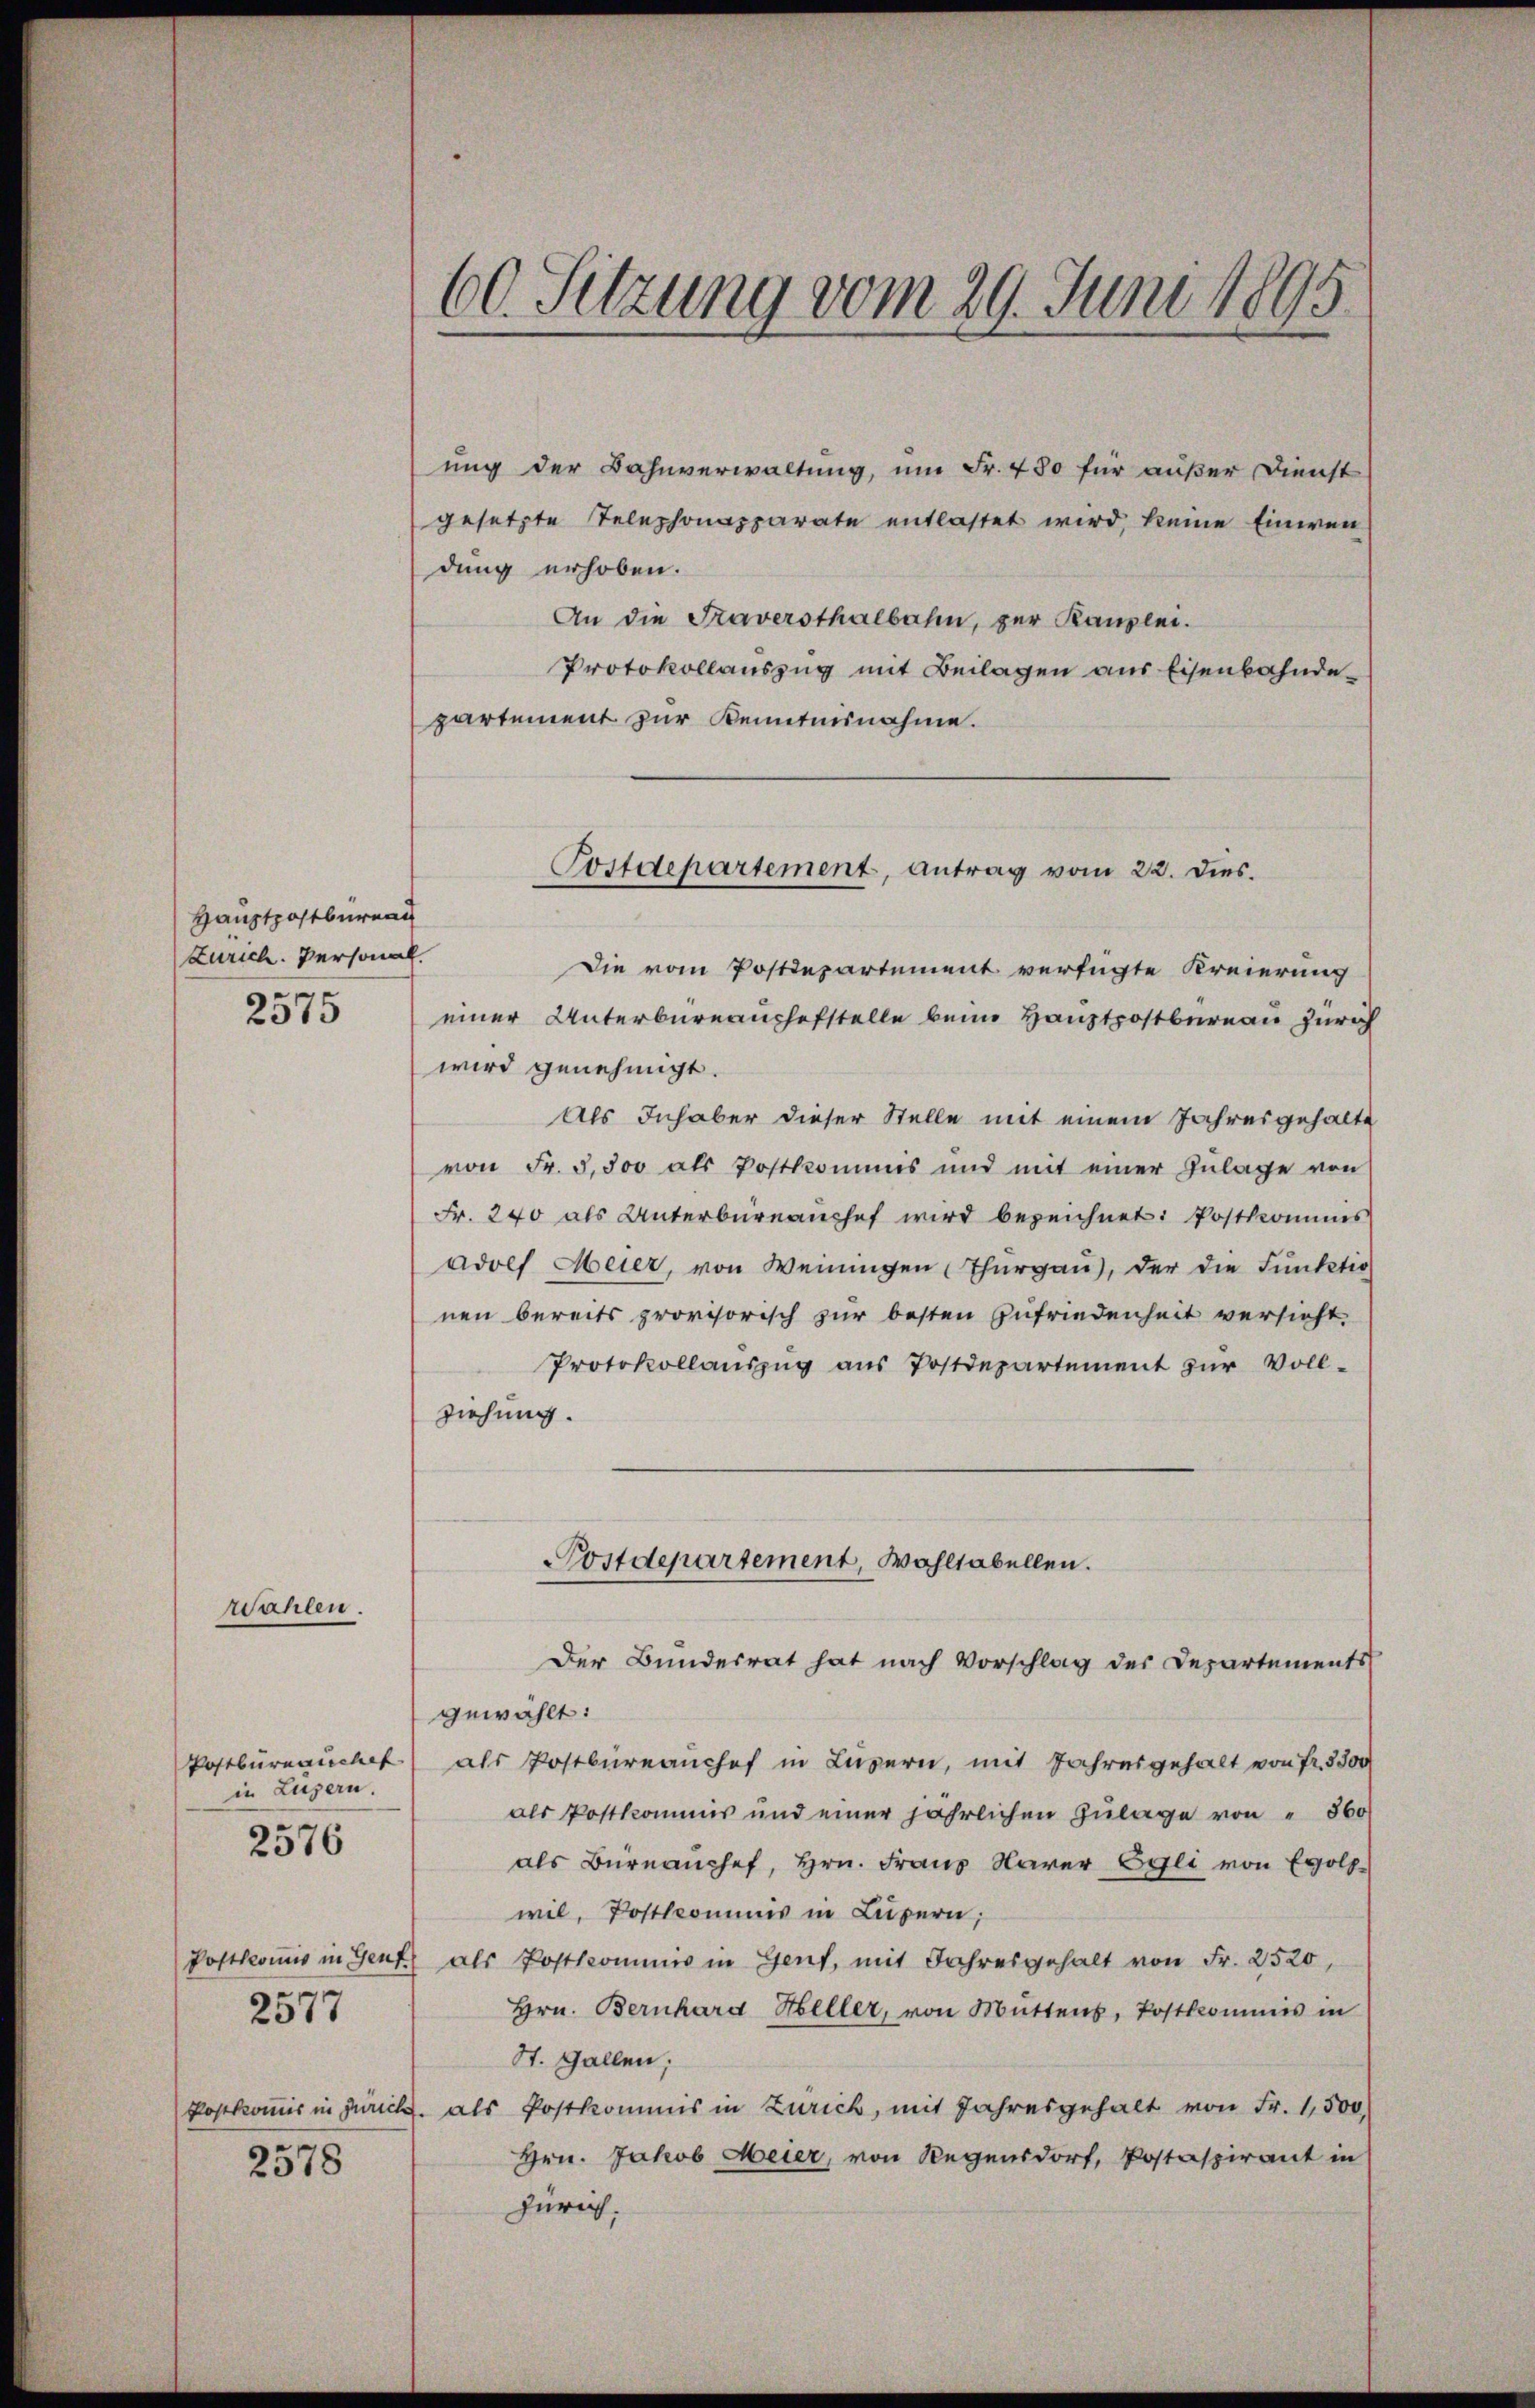
Hauptpostbüreau
Zürich. Personal.

2575

Wahlen.

Postbureauchet
in Luzern.

2576

2577

2578

60. Sitzung vom 29. Juni 1895

ung der Bahnverwaltung, um Fr. 480 für außer Dienst
gesetzte Telephonapparate entlastet wird, keine Einwendung erhoben.
An die Traversthalbahn, zur Kanzlei.
Protokollauszug mit Beilagen aus Eisenbahndepartement zur Kenntnisnahme.

Postdepartement, Antrag vom 22. Dies.

die vom Postdepartement verfügte Kreierung
einer Unterbüreaushefstelle beim Hauptpostbureau Zürich
wird genehmigt.
Als Inhaber dieser Stelle mit einem Jahresgehalte
von Fr. 3,500 als Postkommis und mit einer Zŭlage von
Fr. 240 als Unterbüreaŭchef wird bezeichnet: Postkommes
adolf Meier, von Weiningen Thurgau, der die Funktio
nen bereits provisorisch zur besten Zufriedenheit versicht.
Protokollaŭszŭg aŭs Postdepartement zŭr Voll-
ziehung.
Postdepartement, Wohltabellen.
Der Bundesrat hat nach Vorschlag des Departements
gewählt:
als Postbureauchef in Luzern, mit Jahresgehalt von Fr. 3500
als Postkommis und einer jährlichen Zŭlage von " 360
als Büreauchef, Hrn. Frau Narer Egli von Egolf
wil, Postlcommis in Luzern,
Postkomis in Genf als Postkommis in Gent, mit Jahresgehalt von Fr. 2520,
Hrn. Bernhard Heller, von Müttens, Postkommis in
St. Gallen;
Poskommis in Zürich. als Postkommis in Zürich, mit Jahresgehalt von Fr. 1,500
Hrn. Jakob Meier, von Regensdorf, Postaspirant in
Zürich.